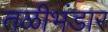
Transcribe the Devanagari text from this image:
तळीभंडार